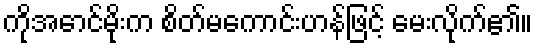
ကိုအောင်မိုးက စိတ်မကောင်းဟန်ဖြင့် မေးလိုက်၏။